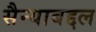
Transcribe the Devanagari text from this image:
सैन्याबद्दल